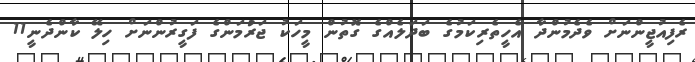
ރެފިއުޖީންނަށް ވެެދެމުންދާ އެހީތެރިކަމުގެ ބަދަލެއްގެ ގޮތުން މީހަކު ޖަރުމަންގެ ފަގީރުންނަށް ހިލޭ ކާންދެނީ11